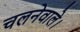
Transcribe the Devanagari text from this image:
चलनेवाले।